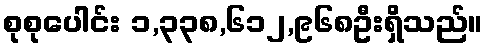
စုစုပေါင်း ၁,၃၃၈,၆၁၂,၉၆၈ဦးရှိသည်။